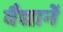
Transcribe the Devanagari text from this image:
वैद्यानें